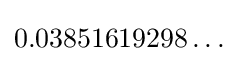
0.03851619298\ldots